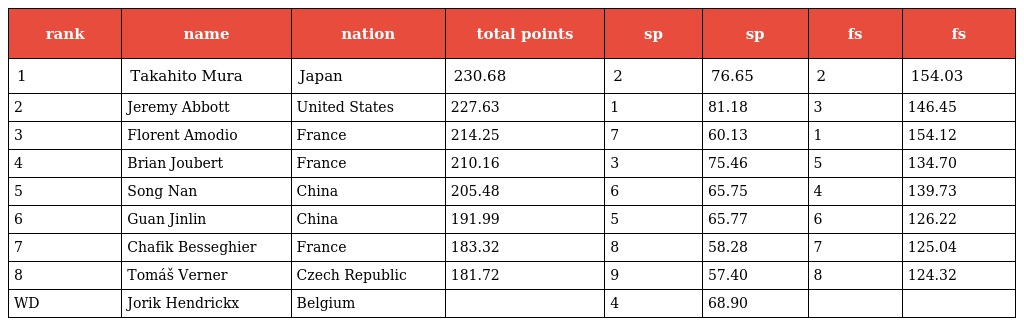
| rank | name | nation | total points | sp | sp | fs | fs |
 | --- | --- | --- | --- | --- | --- | --- | --- |
 | 1 | Takahito Mura | Japan | 230.68 | 2 | 76.65 | 2 | 154.03 |
 | 2 | Jeremy Abbott | United States | 227.63 | 1 | 81.18 | 3 | 146.45 |
 | 3 | Florent Amodio | France | 214.25 | 7 | 60.13 | 1 | 154.12 |
 | 4 | Brian Joubert | France | 210.16 | 3 | 75.46 | 5 | 134.70 |
 | 5 | Song Nan | China | 205.48 | 6 | 65.75 | 4 | 139.73 |
 | 6 | Guan Jinlin | China | 191.99 | 5 | 65.77 | 6 | 126.22 |
 | 7 | Chafik Besseghier | France | 183.32 | 8 | 58.28 | 7 | 125.04 |
 | 8 | Tomáš Verner | Czech Republic | 181.72 | 9 | 57.40 | 8 | 124.32 |
 | WD | Jorik Hendrickx | Belgium |  | 4 | 68.90 |  |  |